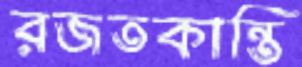
রজতকান্তি